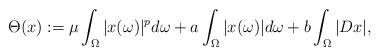
LaTeX: \begin{align*}\Theta(x):=\mu \int_\Omega |x(\omega)|^p d\omega + a \int_\Omega |x(\omega)| d\omega+b \int_\Omega |D x|,\end{align*}